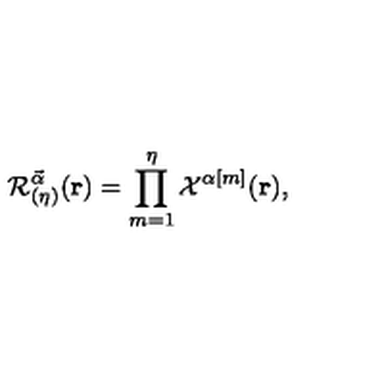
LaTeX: { \cal { R } } _ { ( \eta ) } ^ { \vec { \alpha } } ( { \bf { r } } ) = \prod _ { m = 1 } ^ { \eta } { \cal { X } } ^ { \alpha [ m ] } ( { \bf { r } } ) ,